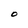
Character: O